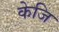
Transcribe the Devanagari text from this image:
केजि